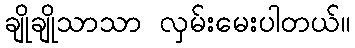
ချိုချိုသာသာ လှမ်းမေးပါတယ်။